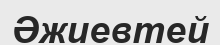
Әжиевтей